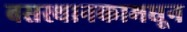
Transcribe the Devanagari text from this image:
बसस्थानकामधून